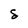
Character: S